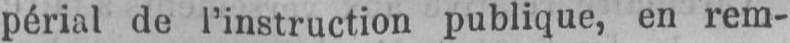
périal de l’instruction publique, en rem-